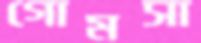
গােমসা